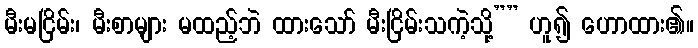
မီးမငြိမ်း၊ မီးစာများ မထည့်ဘဲ ထားသော် မီးငြိမ်းသကဲ့သို့”” ဟူ၍ ဟောထား၏။